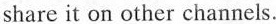
share it on other channels.